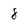
Character: 8